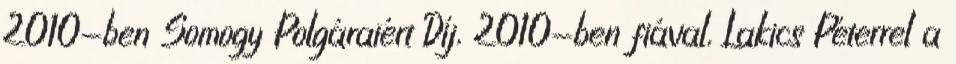
2010-ben Somogy Polgáraiért Díj, 2010-ben fiával, Lakics Péterrel a